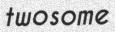
twosome